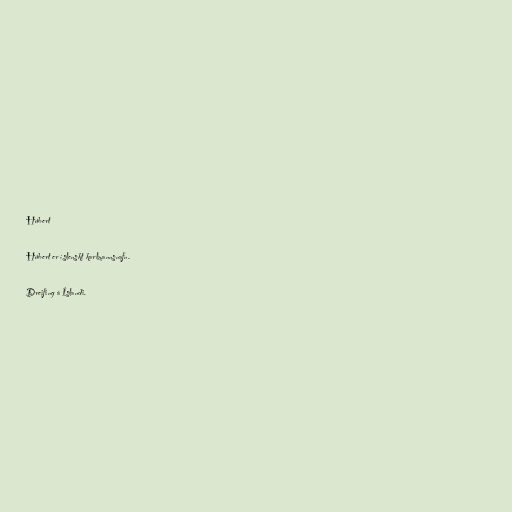
Húbert

Húbert er íslenskt karlmannsnafn.

Dreifing á Íslandi.